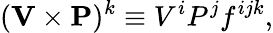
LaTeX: ({\mathbf V}\times{\mathbf P})^{k}\equiv V^{i}P^{j}f^{ijk},